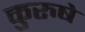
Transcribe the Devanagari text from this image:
कुरुषे